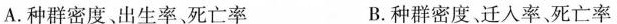
A.种群密度、出生率、死亡率 B.种群密度、迁入率、死亡率